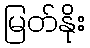
မြတ်နိုး